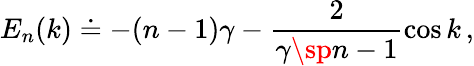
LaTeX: E_{n}(k)\doteq-(n-1)\gamma-{\frac{2}{\gamma\sp{n-1}}}\mathrm{cos}\, k\, ,